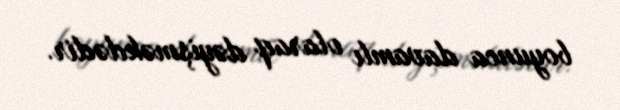
boyunca davamlı olaraq dəyişməkdədir.